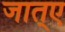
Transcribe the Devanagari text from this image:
जात्ए